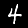
Digit: 4